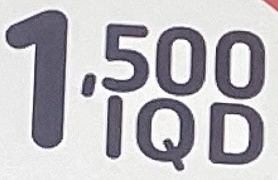
1.500